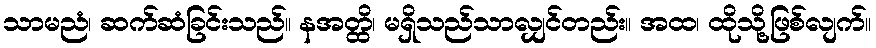
သာမညံ၊ ဆက်ဆံခြင်းသည်။ နအတ္ထိ၊ မရှိသည်သာလျှင်တည်း။ အထ၊ ထိုသို့ဖြစ်လျက်။